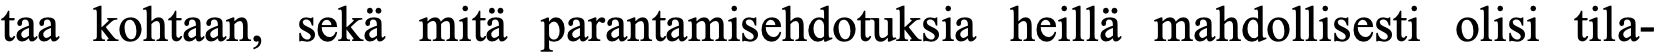
taa kohtaan, sekä mitä parantamisehdotuksia heillä mahdollisesti olisi tila-